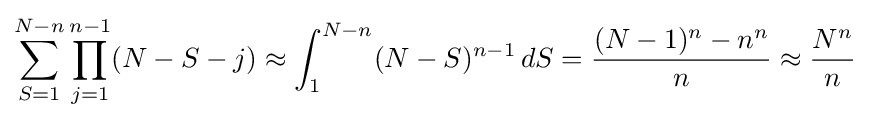
\sum _{S=1}^{N-n}\prod _{j=1}^{n-1}(N-S-j)\approx \int _{1}^{N-n}(N-S)^{n-1}\,dS={(N-1)^{n}-n^{n} \over n}\approx {N^{n} \over n}